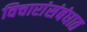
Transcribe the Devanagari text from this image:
विचारांसंबंधात